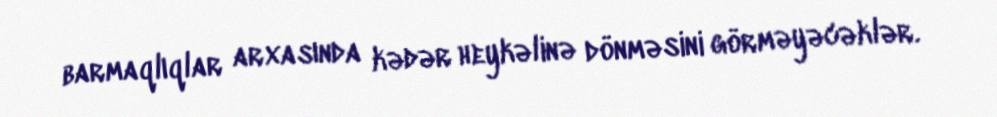
barmaqlıqlar arxasında kədər heykəlinə dönməsini görməyəcəklər.